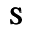
\mathsf { \pmb S }